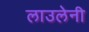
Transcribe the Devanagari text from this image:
लाउलेनी